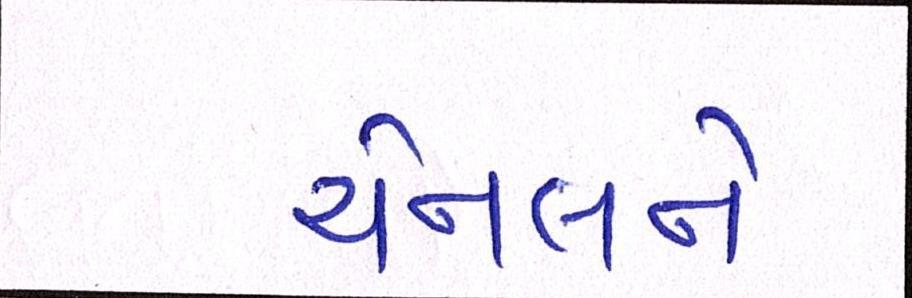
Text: ચેનલને